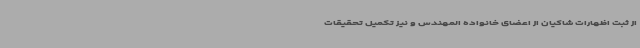
از ثبت اظهارات شاکیان از اعضای خانواده المهندس و نیز تکمیل تحقیقات